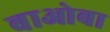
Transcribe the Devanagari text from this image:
बाओबा